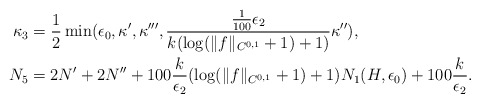
\begin{align*} \kappa_3& = \frac{1}{2}\min(\epsilon_0, \kappa',\kappa''', \frac{\frac{1}{100}\epsilon_2}{k ( \log(\Vert f\Vert_{C^{0,1}}+1)+1 )}\kappa''), \\ N_5 &= 2N' + 2N'' + 100 \frac{k}{\epsilon_2}(\log(\Vert f\Vert_{C^{0,1}}+1) + 1)N_1(H,\epsilon_0) + 100 \frac{k}{\epsilon_2}. \end{align*}